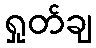
ရှုတ်ချ